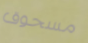
مسحوق